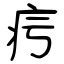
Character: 疞